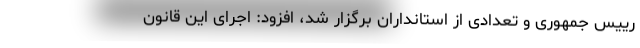
رییس جمهوری و تعدادی از استانداران برگزار شد، افزود: اجرای این قانون